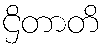
ဌိတာတိ